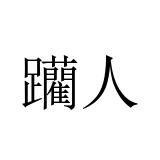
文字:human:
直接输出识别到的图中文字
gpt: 躪人